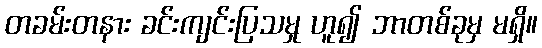
တခမ်းတနား ခင်းကျင်းပြသမှု ဟူ၍ ဘာတစ်ခုမှ မရှိ။